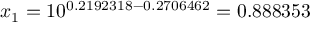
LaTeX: x _ { 1 } = 1 0 ^ { 0 . 2 1 9 2 3 1 8 - 0 . 2 7 0 6 4 6 2 } = 0 . 8 8 8 3 5 3